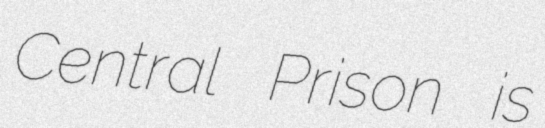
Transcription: Central Prison is